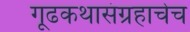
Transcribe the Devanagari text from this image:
गूढकथासंग्रहाचेच